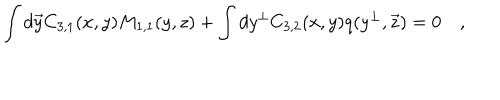
LaTeX: \int d \vec { y } C _ { 3 , 1 } ( x , y ) M _ { 1 , 1 } ( y , z ) + \int d y ^ { \bot } C _ { 3 , 2 } ( x , y ) q ( y ^ { \bot } , \vec { z } ) = 0 \quad ,